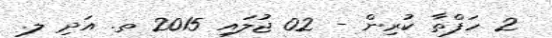
2 ހަފްތާ ކުރިން - 02 ޖުލައި 2015 ތ. އަދި ލ.